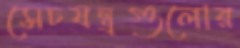
সেচযন্ত্রগুলোর